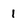
Character: 1